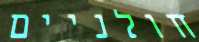
חולניים